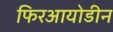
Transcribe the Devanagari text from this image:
फिरआयोडीन